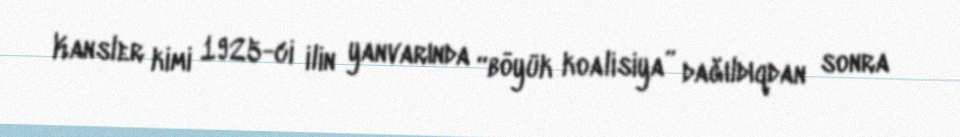
Kansler kimi 1925-ci ilin yanvarında “böyük koalisiya” dağıldıqdan sonra